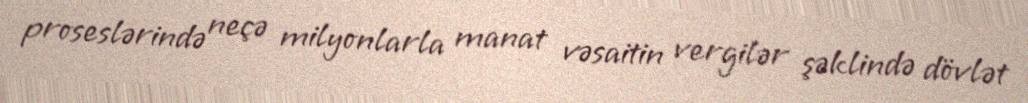
proseslərində neçə milyonlarla manat vəsaitin vergilər şəklində dövlət